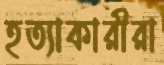
হত্যাকারীরা